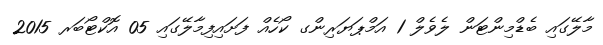
މާލޭގައި ބެޑްމިންޓަން ލެވެލް 1 އަމްޕަޔަރިންގ ކޯހެއް ފަށައިފިމާލޭގައި 05 އޮކްޓޯބަރ 2015